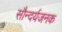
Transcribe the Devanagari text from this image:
सौन्दर्यजनक